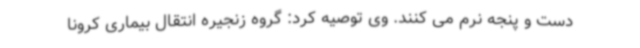
دست و پنجه نرم می کنند. وی توصیه کرد: گروه زنجیره انتقال بیماری کرونا